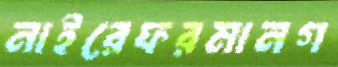
নাইরেফরমানগ